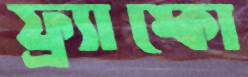
ফ্র্যাঙ্কো